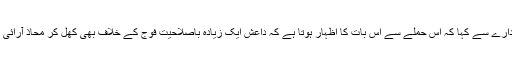
امریکی عہدیدار نے خبررساں ادارے سے کہا کہ اس حملے سے اس بات کا اظہار ہوتا ہے کہ داعش ایک زیادہ باصلاحیت فوج کے خلاف بھی کھل کر محاذ آرائی کا خطرہ مول لینے کو تیار ہے۔